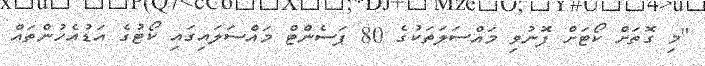
"މި ގޮތަށް ކޯޓަށް ފޮނުވި މައްސަލަތަކުގެ 80 ޕަސެންޓް މައްސަލައިގައި ކޯޓުގެ އަޑުއެހުންތައް